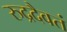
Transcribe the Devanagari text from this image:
रुद्रदैवतं